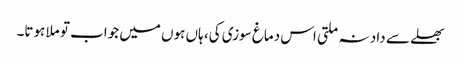
بھلے سے داد نہ ملتی اس دماغ سوزی کی، ہاں ہوں میں جواب تو ملا ہوتا۔